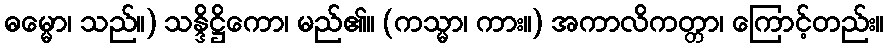
ဓမ္မော၊ သည်။) သန္ဒိဋ္ဌိကော၊ မည်၏။ (ကသ္မာ၊ ကား။) အကာလိကတ္တာ၊ ကြောင့်တည်း။